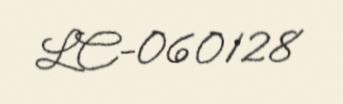
LC-060128